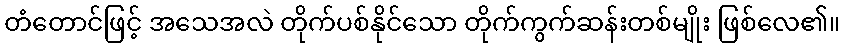
တံတောင်ဖြင့် အသေအလဲ တိုက်ပစ်နိုင်သော တိုက်ကွက်ဆန်းတစ်မျိုး ဖြစ်လေ၏။